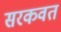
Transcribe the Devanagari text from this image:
सरकवत